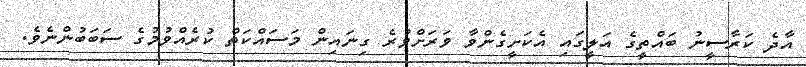
އާދެ ކަރާސީނު ބައްތީގެ އަލީގައި އެކަށީގެންވާ ވަރަށްވުރެ ގިނައިން މަސައްކަތް ކުރެއްވުމުގެ ސަބަބުންނެވެ.